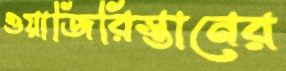
ওয়াজিরিস্তানের